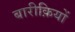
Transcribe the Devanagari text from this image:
बारीक़ियों